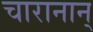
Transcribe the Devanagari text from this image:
चारानान्